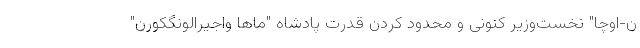
ن-اوچا" نخست‌وزیر کنونی و محدود کردن قدرت پادشاه "ماها واجیرالونگکورن"